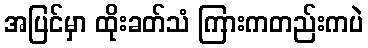
အပြင်မှာ ထိုးခတ်သံ ကြားကတည်းကပဲ